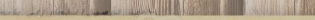
خدمة توصيل الطعام إلى باب